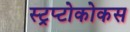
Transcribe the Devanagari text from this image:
स्ट्रप्टोकोकस